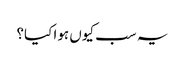
یہ سب کیوں ہوا کیا؟